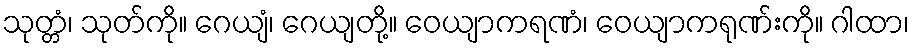
သုတ္တံ၊ သုတ်ကို။ ဂေယျံ၊ ဂေယျတို့။ ဝေယျာကရဏံ၊ ဝေယျာကရုဏ်းကို။ ဂါထာ၊